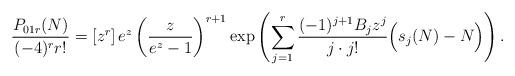
LaTeX: \begin{align*} \frac{P_{01r}(N)}{(-4)^r r!} = \left[ z^{r} \right]e^z \left(\frac{z}{e^z - 1}\right)^{r+1} \exp\left( \sum_{j=1}^r \frac{(-1)^{j+1} B_j z^j}{j \cdot j!} \Bigl(s_j(N)-N \Bigr)\right).\end{align*}